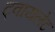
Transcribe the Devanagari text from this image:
ट्वायलेट